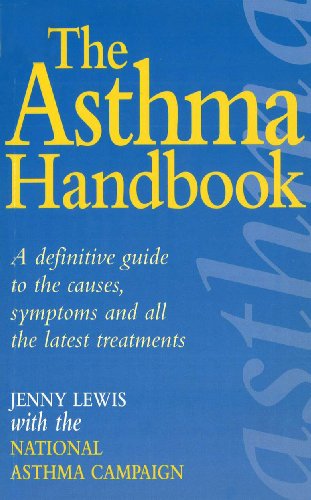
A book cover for The Asthma Handbook: A Definitive Guide to the Causes,Symptoms and all the Latest Treatments; National Asthma Campaign; Health, Fitness & Dieting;